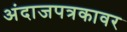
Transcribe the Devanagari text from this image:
अंदाजपत्रकावर